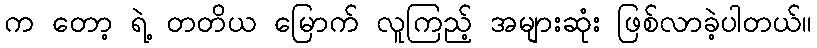
က တော့ ရဲ့ တတိယ မြောက် လူကြည့် အများဆုံး ဖြစ်လာခဲ့ပါတယ်။